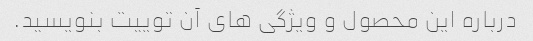
درباره این محصول و ویژگی های آن توییت بنویسید.